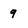
Character: 9